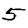
Digit: 5